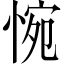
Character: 惋